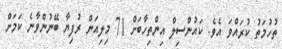
ތުހުމަތު ކުރައްވަ އެވެ. ކައުންސިލް އިންތިހާބަށް 71 މިލިއަން ރުފިޔާ ބޭނުންވާނެ ކަމަށް